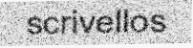
scrivellos